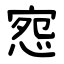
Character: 惌